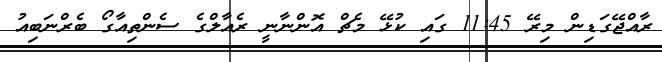
ރާއްޖޭގަޑިން މިރޭ 11:45 ގައި ކުޅޭ މެޗް އޮންނާނީ ރެއާލްގެ ސެންތިއާގޯ ބެރްނަބިއު